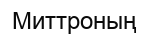
Миттроның